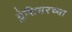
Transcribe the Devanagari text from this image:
ग्लेशियरच्या